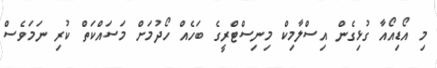
މި އޯޑިއޯއާ ގުޅިގެން އިސްލާމިކް މިނިސްޓްރީގެ ބަހެއް ހޯދުމަށް މަސައްކަތް ކުރި ނަމަވެސް